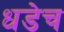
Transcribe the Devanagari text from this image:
धडेच